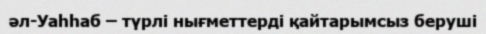
әл-Уаһһаб – түрлі нығметтерді қайтарымсыз беруші